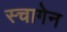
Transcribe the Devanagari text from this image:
स्चागेन